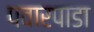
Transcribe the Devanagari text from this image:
पवारपाडा